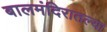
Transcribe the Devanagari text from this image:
बालमंदिरातल्या